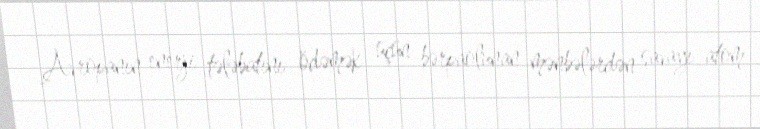
Avropanın enerji tələbatını ödəmək üçün bərpaolunan mənbələrdən savayı atom